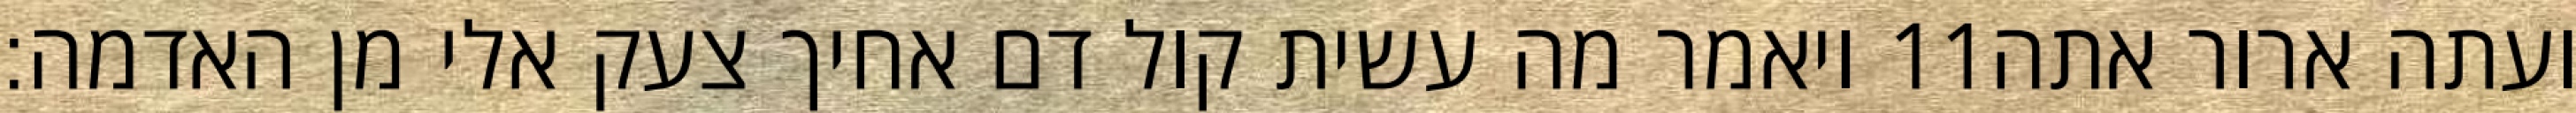
ויאמר מה עשית קול דם אחיך צעק אלי מן האדמה׃ ‎11‏ ועתה ארור אתה